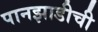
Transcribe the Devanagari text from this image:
पानझाडीची